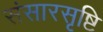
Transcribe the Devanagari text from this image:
संसारसृष्टि